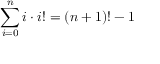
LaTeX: \sum _ { i = 0 } ^ { n } i \cdot i ! = ( n + 1 ) ! - 1